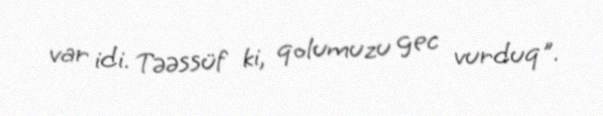
var idi. Təəssüf ki, qolumuzu gec vurduq".